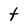
Character: t